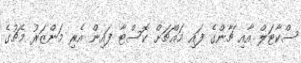
ސްކާޓަލް އާއި ޗާންގެ ފައި މައްޗަށް ކޮސްޓާ ފައިން އެރި މަންޒަރު މެޗުގެ